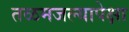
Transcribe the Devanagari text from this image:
तळमजल्यापेक्षा